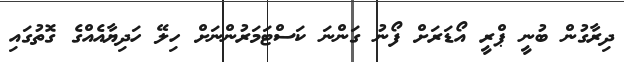
ދިރާގުން ބުނީ ޕްރީ އޯޑަރަށް ފޯނު ގަންނަ ކަސްޓަމަރުންނަށް ހިލޭ ހަދިޔާއެއްގެ ގޮތުގައި